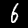
Label: 6